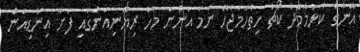
އޭނާގެ ކުޅުމާމެދު ކޯޗު ހިތްހަމަޖެހޭ ނަމަ އަންނަ މަހު ރިޔޫނިއަންގައި ފަށާ އިންޑިއަން